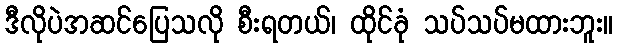
ဒီလိုပဲအဆင်ပြေသလို စီးရတယ်၊ ထိုင်ခုံ သပ်သပ်မထားဘူး။